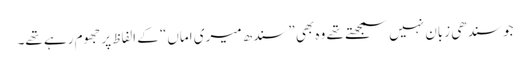
جو سندھی زبان نہیں سمجھتے تھے وہ بھی ”سندھ میری اماں“ کے الفاظ پر جھوم رہے تھے۔